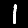
Digit: 1